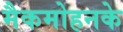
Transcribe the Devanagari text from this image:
मैकमोहनके